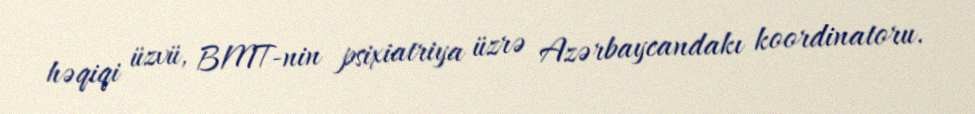
həqiqi üzvü, BMT-nin psixiatriya üzrə Azərbaycandakı koordinatoru.